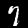
Label: 7